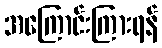
အကြောင်းကြားရန်